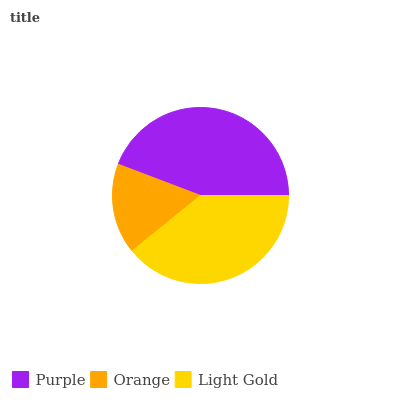
| Purple | Orange | Light Gold |
 | --- | --- | --- |
 | 44.3% | 16.6% | 39.2% |